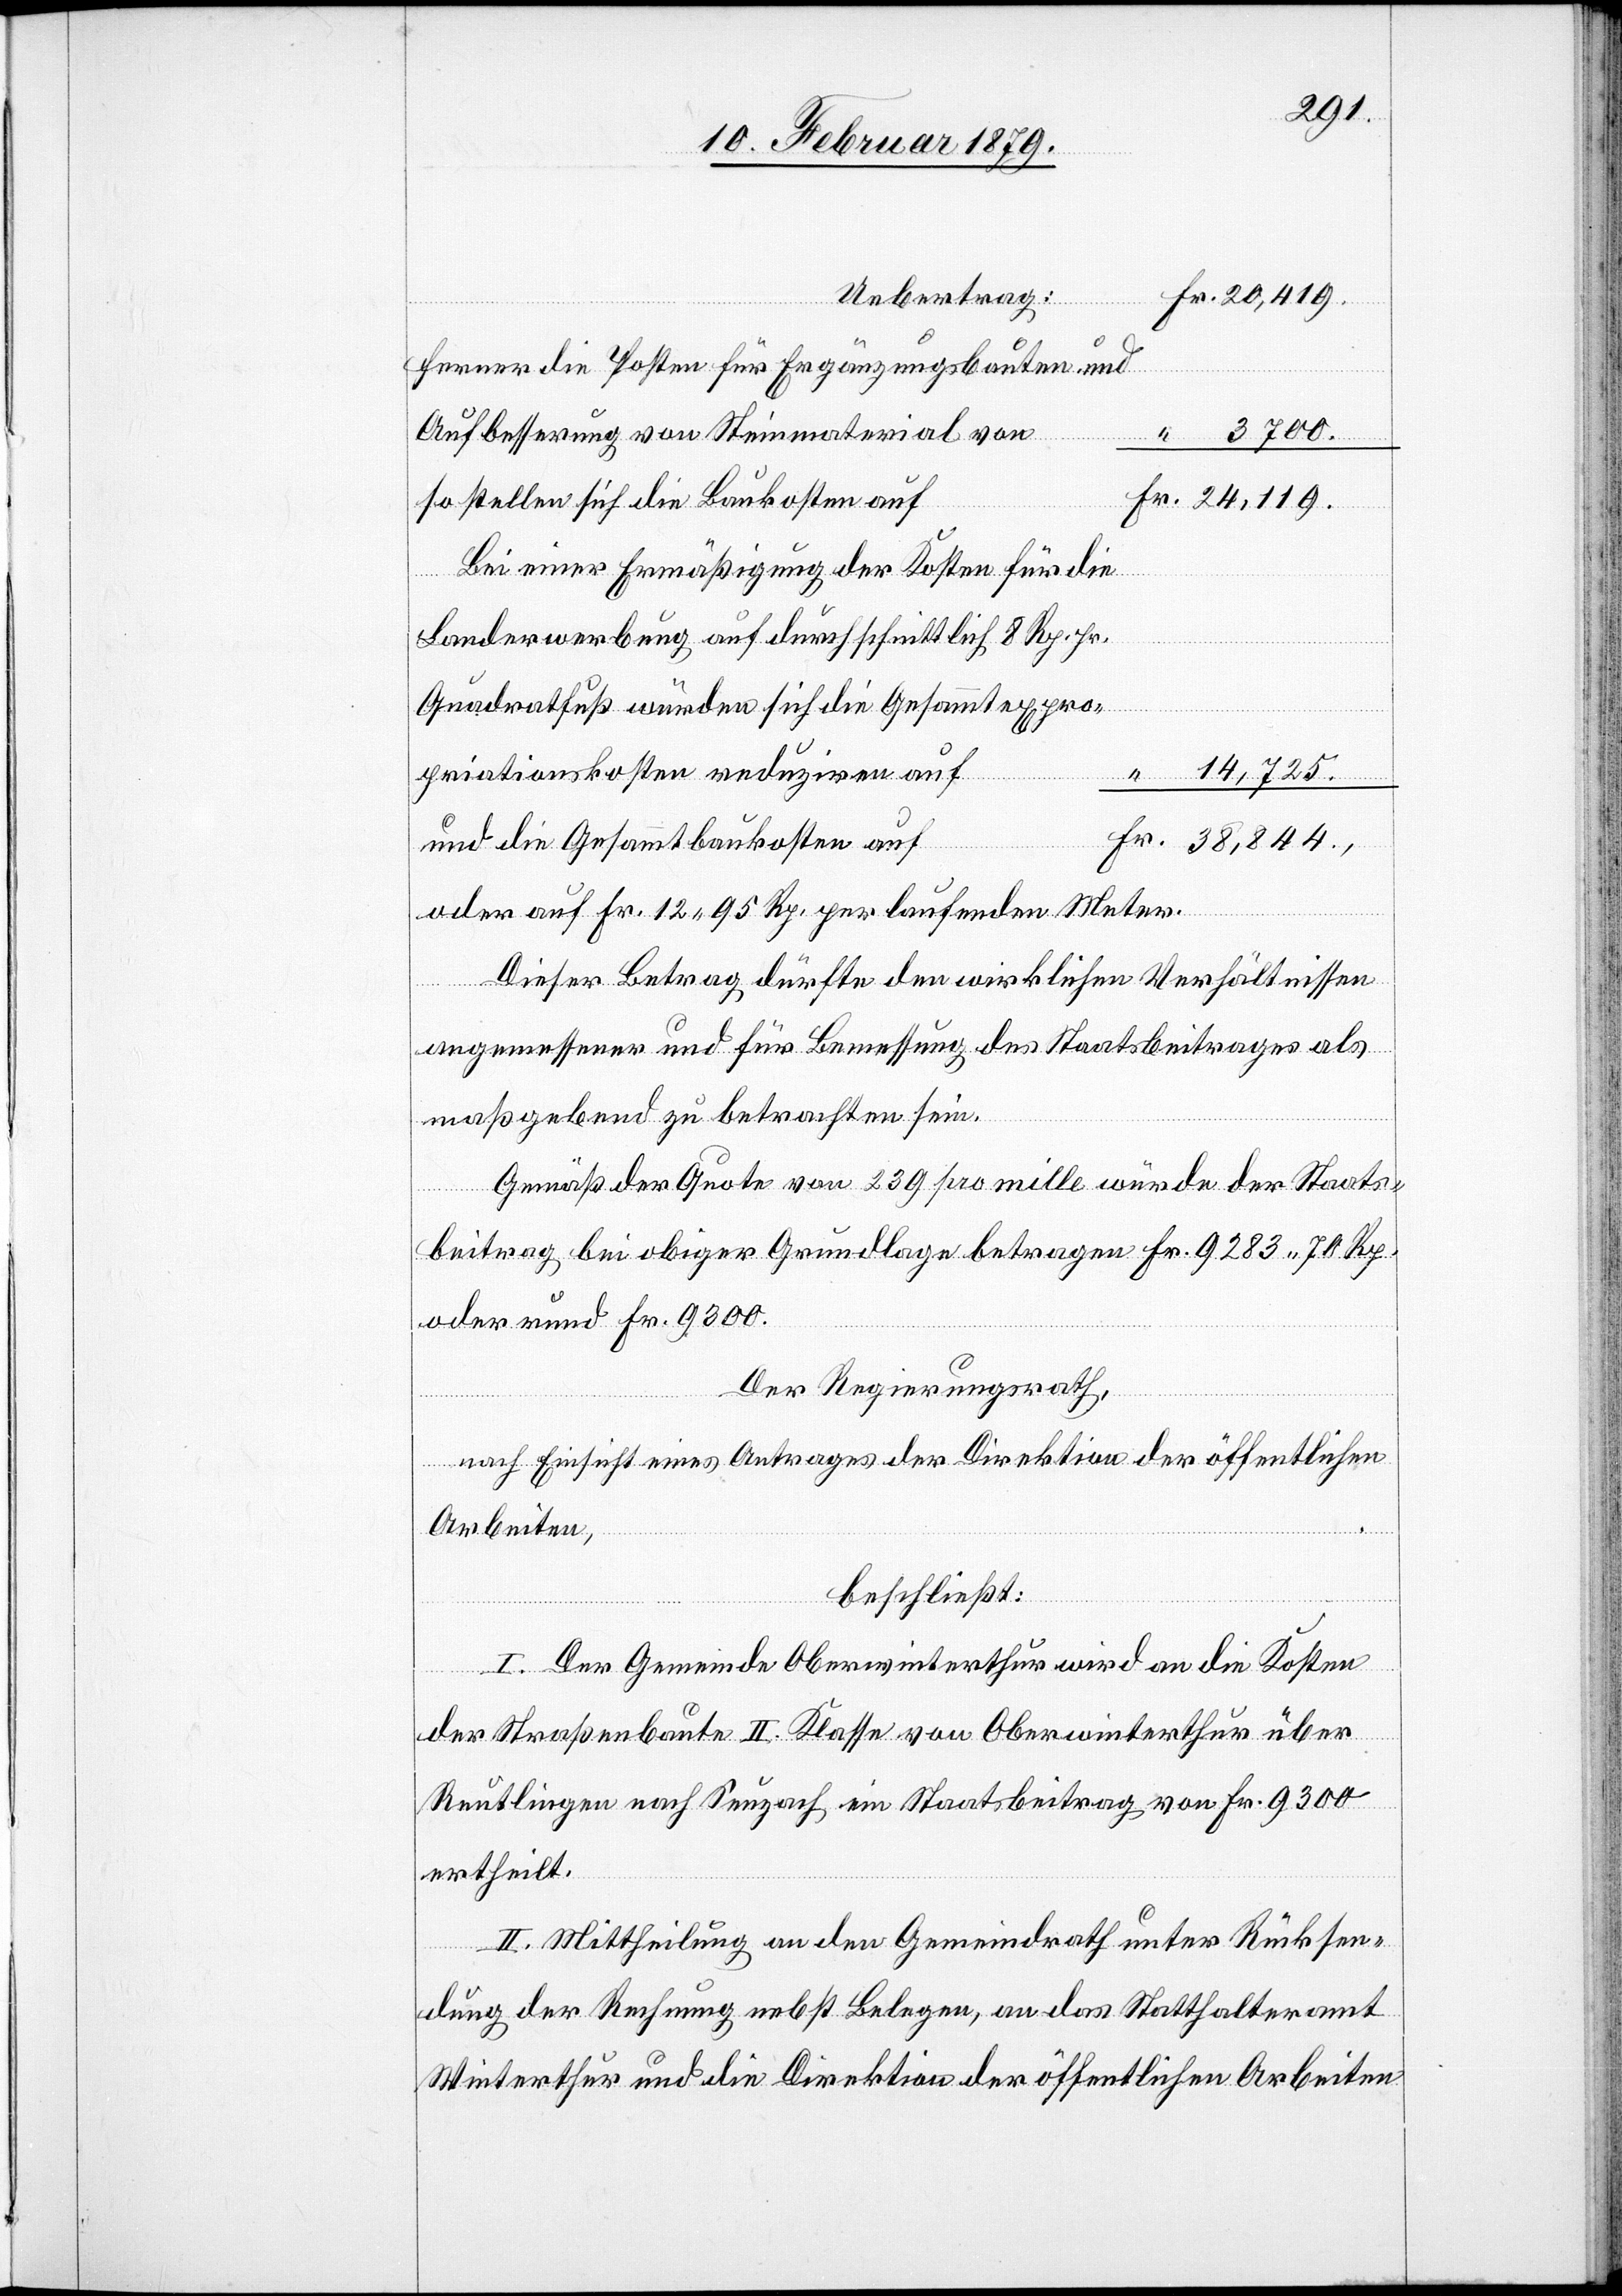
24,119.
Fr.
Uebertrag:
ferner die Posten für Ergänzungsbauten und
Aufbesserung von Steinmaterial von
“
3700.
so stellen sich die Baukosten auf
Bei einer Ermäßigung der Kosten für die
Landerwerbung auf durchschnittlich 8 Rp. pr.
Quadratfuß würden sich die Gesammtexpro¬
14,725.
priationskosten reduziren auf
und die Gesammtbaukosten auf
oder auf Fr. 12 95 Rp. per laufenden Meter.
Dieser Betrag dürfte den wirklichen Verhältnissen
“
angemessener und für die Bemessung des Staatsbeitrages als
maßgebend zu betrachten sein.
Gemäß der Quote von 239 pro mille würde der Staats¬
beitrag bei obiger Grundlage betragen Fr. 9283 70 Rp.
oder rund Fr. 9300
Der Regierungsrath,
nach Einsicht eines Antrages der Direktion der öffentlichen
Arbeiten,
beschließt:
I. Der Gemeinde Oberwinterthur wird an die Kosten
der Straßenbaute II. Klasse von Oberwinterthur über
Reutlingen nach Seuzach ein Staatsbeitrag von Fr. 9300
ertheilt.
II. Mittheilung an den Gemeindrath unter Rücksen¬
dung der Rechnung nebst Beilagen, an das Statthalteramt
Winterthur und die Direktion der öffentlichen Arbeiten